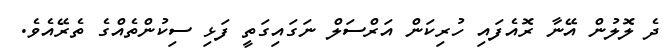
ދެ ލޮލުން އޭނާ ރޮއެފައި ހުރިކަން އަރްސަލް ނަގައިގަތީ ފަޅި ސިކުންތެއްގެ ތެރޭއެވެ.